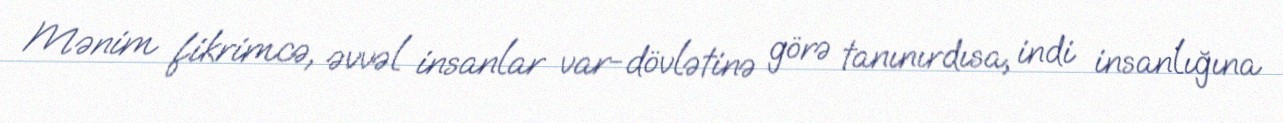
Mənim fikrimcə, əvvəl insanlar var-dövlətinə görə tanınırdısa, indi insanlığına